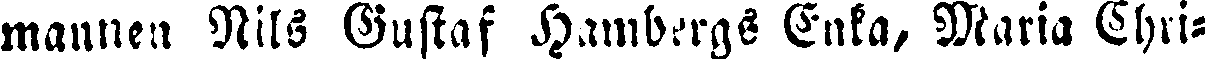
mannen Nils Gustaf Hambergs Enka, Maria Chri-